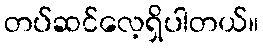
တပ်ဆင်လေ့ရှိပါတယ်။